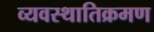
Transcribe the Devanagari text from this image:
व्यवस्थातिक्रमण